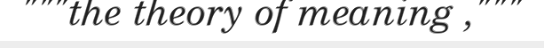
"""the theory of meaning ,"""